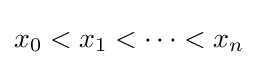
x_{0}<x_{1}<\cdots <x_{n}